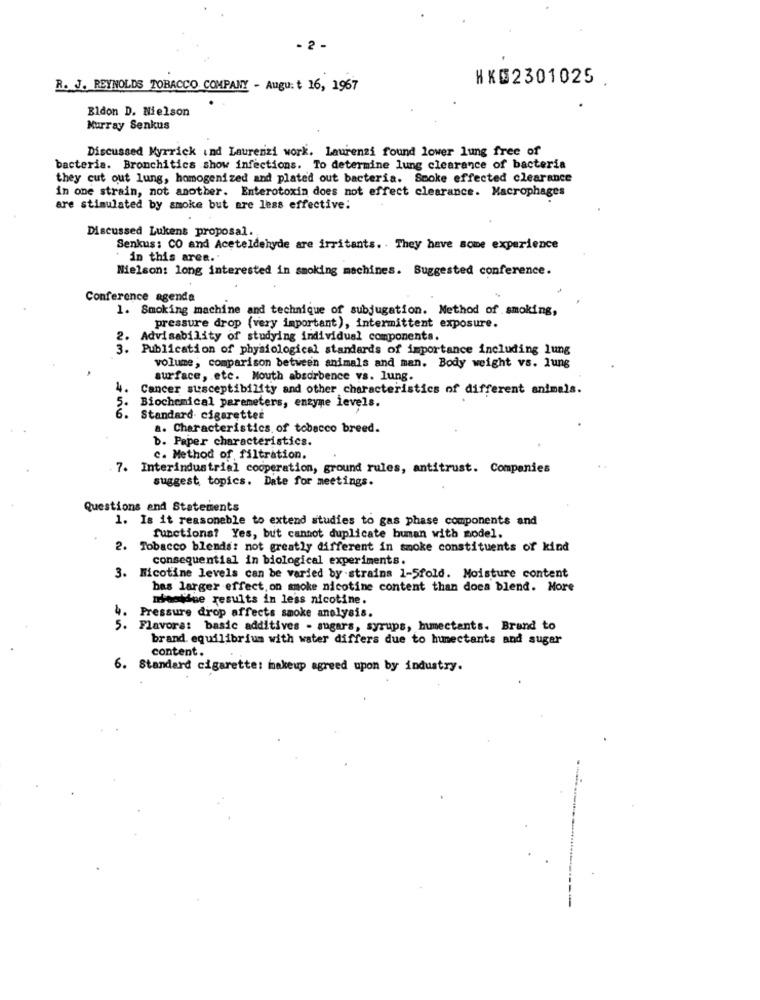
- 2 -
HKD2301025
R. J. REYNOLDS TOBACCO COMPANY - Augu: t 16, 1967
Eldon D. Nielson
Murray Senkus
Discussed Myrrick ind Laurenzi work. Laurenzi found lower lung free of
bacteria. Bronchitics show infections. To determine lung clearance of bacteria
they cut out lung, homogenized and plated out bacteria. Smoke effected clearance
in one strain, not another. Enterotoxin does not effect clearance. Macrophages
are stimulated by smoke but are less effective:
Discussed Lukens proposal.
Senkus: CO and Aceteldehyde are irritants. . They have some experience
in this area."
Nielson: long interested in smoking machines. Suggested conference.
Conference agenda
1. Smoking machine and technique of subjugation. Method of smoking,
pressure drop (very important), intermittent exposure.
2. Advisability of studying individual components.
3. Publication of physiological standards of importance including lung
volume, comparison between animals and man. Body weight vs. lung
surface, etc. Mouth absorbence vs. lung.
4.
Cancer susceptibility and other characteristics of different animals.
5.
Biochemical parameters, enzyme levels.
6. Standard cigaretter
a. Characteristics of tobacco breed.
b. Paper characteristics.
c. Method of filtration.
7. Interindustrial cooperation, ground rules, antitrust. Companies
suggest topics. Date for meetings.
Questions and Statements
1. Is it reasonable to extend studies to gas phase components and
functions? Yes, but cannot duplicate buman with model.
2. Tobacco blends: not greatly different in smoke constituents of kind
consequential in biological experiments.
3. Nicotine levels can be varied by strains 1-5fold. Moisture content
bas larger effect, on smoke nicotine content than does blend. More
mesidue results in less nicotine.
4.
Pressure drop affects smoke analysis.
5. Flavors: basic additives - sugars, syrups, mmectants. Brand to
brand. equilibrium with water differs due to humectants and suger
content.
6. Standard cigarette: makeup agreed upon by industry.